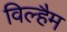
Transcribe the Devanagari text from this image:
विल्हैम